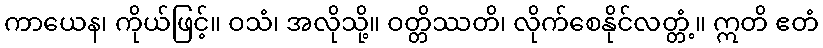
ကာယေန၊ ကိုယ်ဖြင့်။ ဝသံ၊ အလိုသို့။ ဝတ္တိဿတိ၊ လိုက်စေနိုင်လတ္တံ့။ ဣတိ ဧတံ